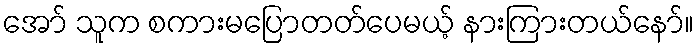
အော် သူက စကားမပြောတတ်ပေမယ့် နားကြားတယ်နော်။